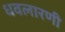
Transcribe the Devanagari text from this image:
धवलारणी